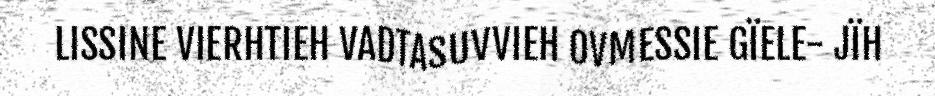
LISSINE VIERHTIEH VADTASUVVIEH OVMESSIE GÏELE- JÏH